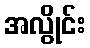
အလွိုင်း